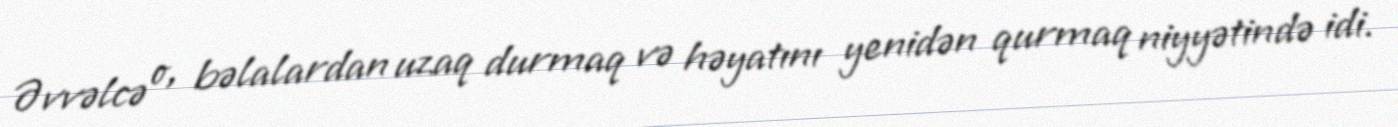
Əvvəlcə o, bəlalardan uzaq durmaq və həyatını yenidən qurmaq niyyətində idi.